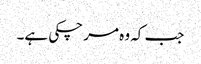
جب کہ وہ مر چکی ہے۔